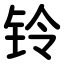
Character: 铃